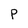
Character: P